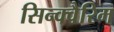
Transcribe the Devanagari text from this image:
सिन्क्वैरिम